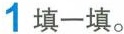
1 填一填。